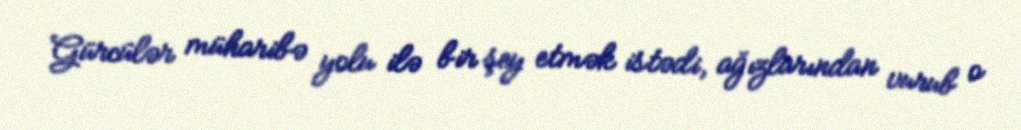
Gürcülər müharibə yolu ilə bir şey etmək istədi, ağızlarından vurub o